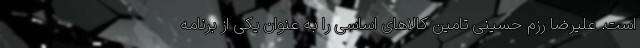
است. علیرضا رزم حسینی تامین کالاهای اساسی را به عنوان یکی از برنامه